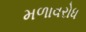
મળાવરોધ